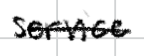
Text: service
Cross-out: single-line
Writing tool: digital_black